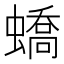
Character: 蟜